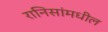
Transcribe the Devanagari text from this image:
रानिसांमधील